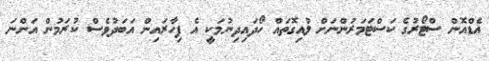
އެޑްއޮން ސްޓޯރުގެ ކަސްޓަމަރުންނަށް ލުއިގޮތައް ހޯދައިދިނުމަކީ އެ ފިހާރައިން އަބަދުވެސް ކުރަމުން އަންނަ